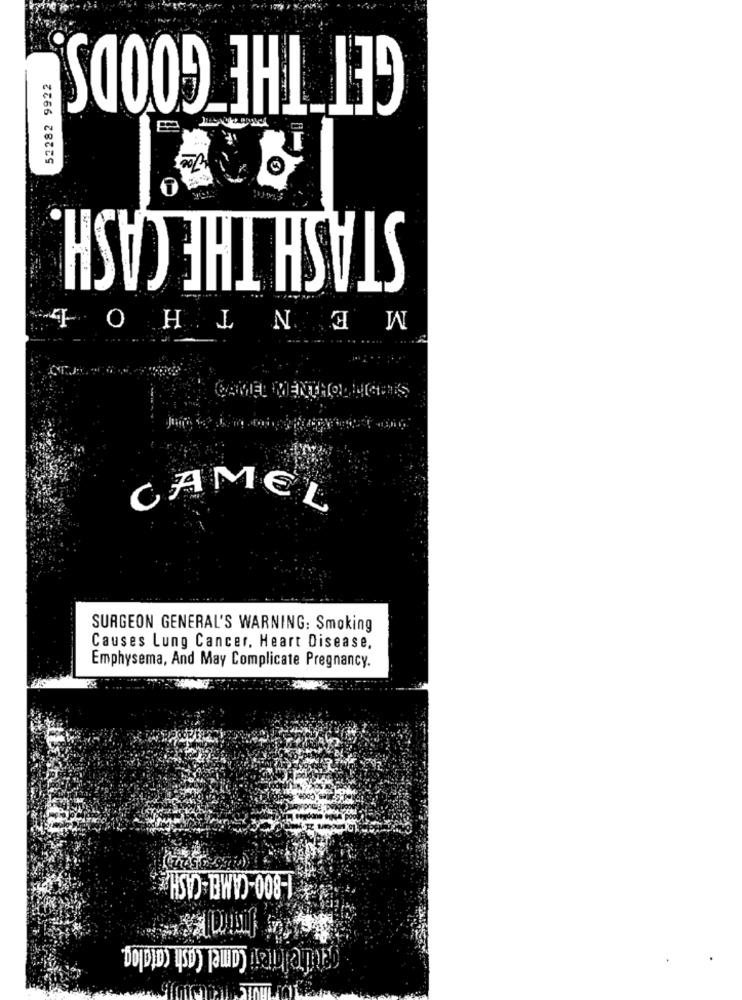
52282 9922
STASH THE CASH.
MENTH
O
CAMEL MENTHOL MATHS
CAMEL
SURGEON GENERAL'S WARNING: Smoking
Causes Lung Cancer, Heart Disease,
Emphysema, And May Complicate Pregnancy.
1-800-CAMEL-CASH
entretien Camel Cash catalog.